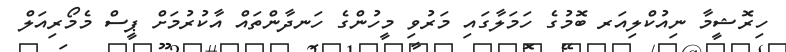
ހިރޮޝީމާ ނިއުކްލިއަރ ބޮމުގެ ހަމަލާގައި މަރުވި މީހުންގެ ހަނދާންތައް އާކުރުމަށް ޕީސް މެމޯރިއަލް